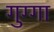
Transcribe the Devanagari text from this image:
गुग्गा